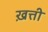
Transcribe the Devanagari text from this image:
ख़त्ती